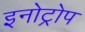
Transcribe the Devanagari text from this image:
इनोट्रोप